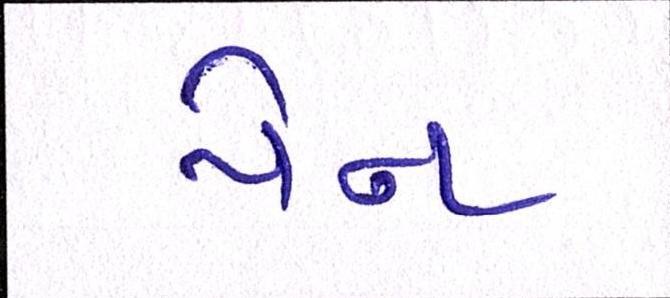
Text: પેન